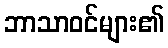
ဘာသာဝင်များ၏